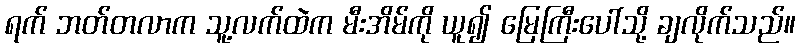
ရက် ဘတ်တလာက သူ့လက်ထဲက မီးအိမ်ကို ယူ၍ မြေကြီးပေါ်သို့ ချလိုက်သည်။